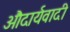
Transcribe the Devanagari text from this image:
औदार्यवादी